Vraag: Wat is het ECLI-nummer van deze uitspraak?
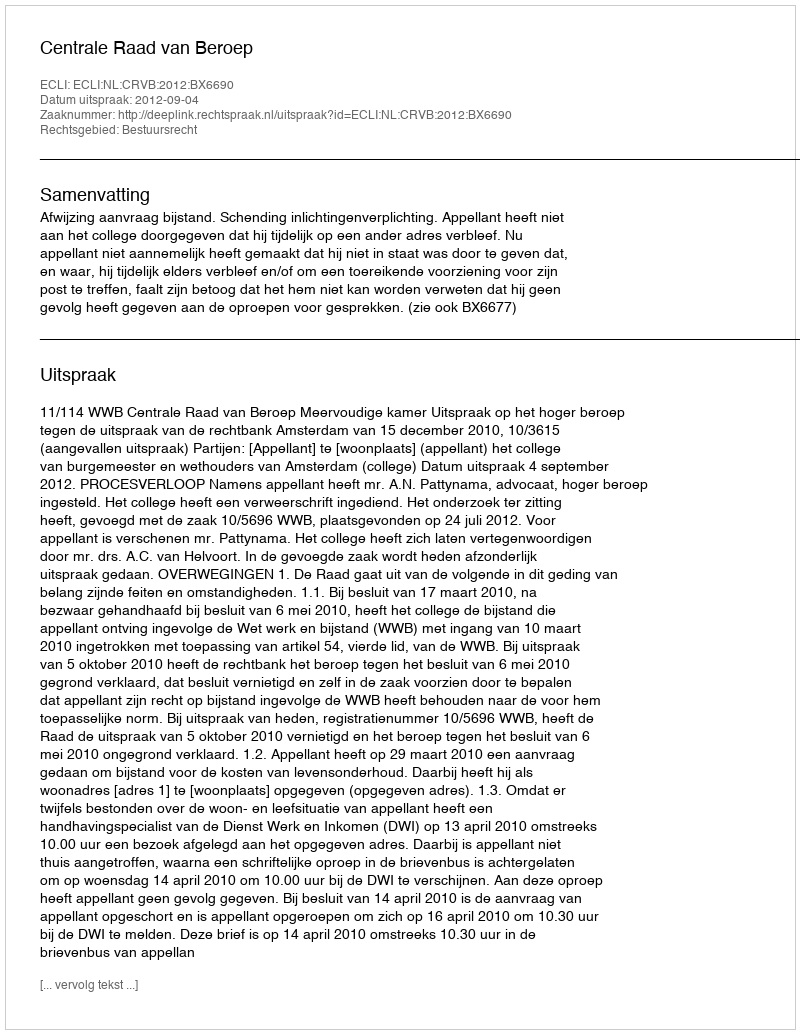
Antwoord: ECLI:NL:CRVB:2012:BX6690